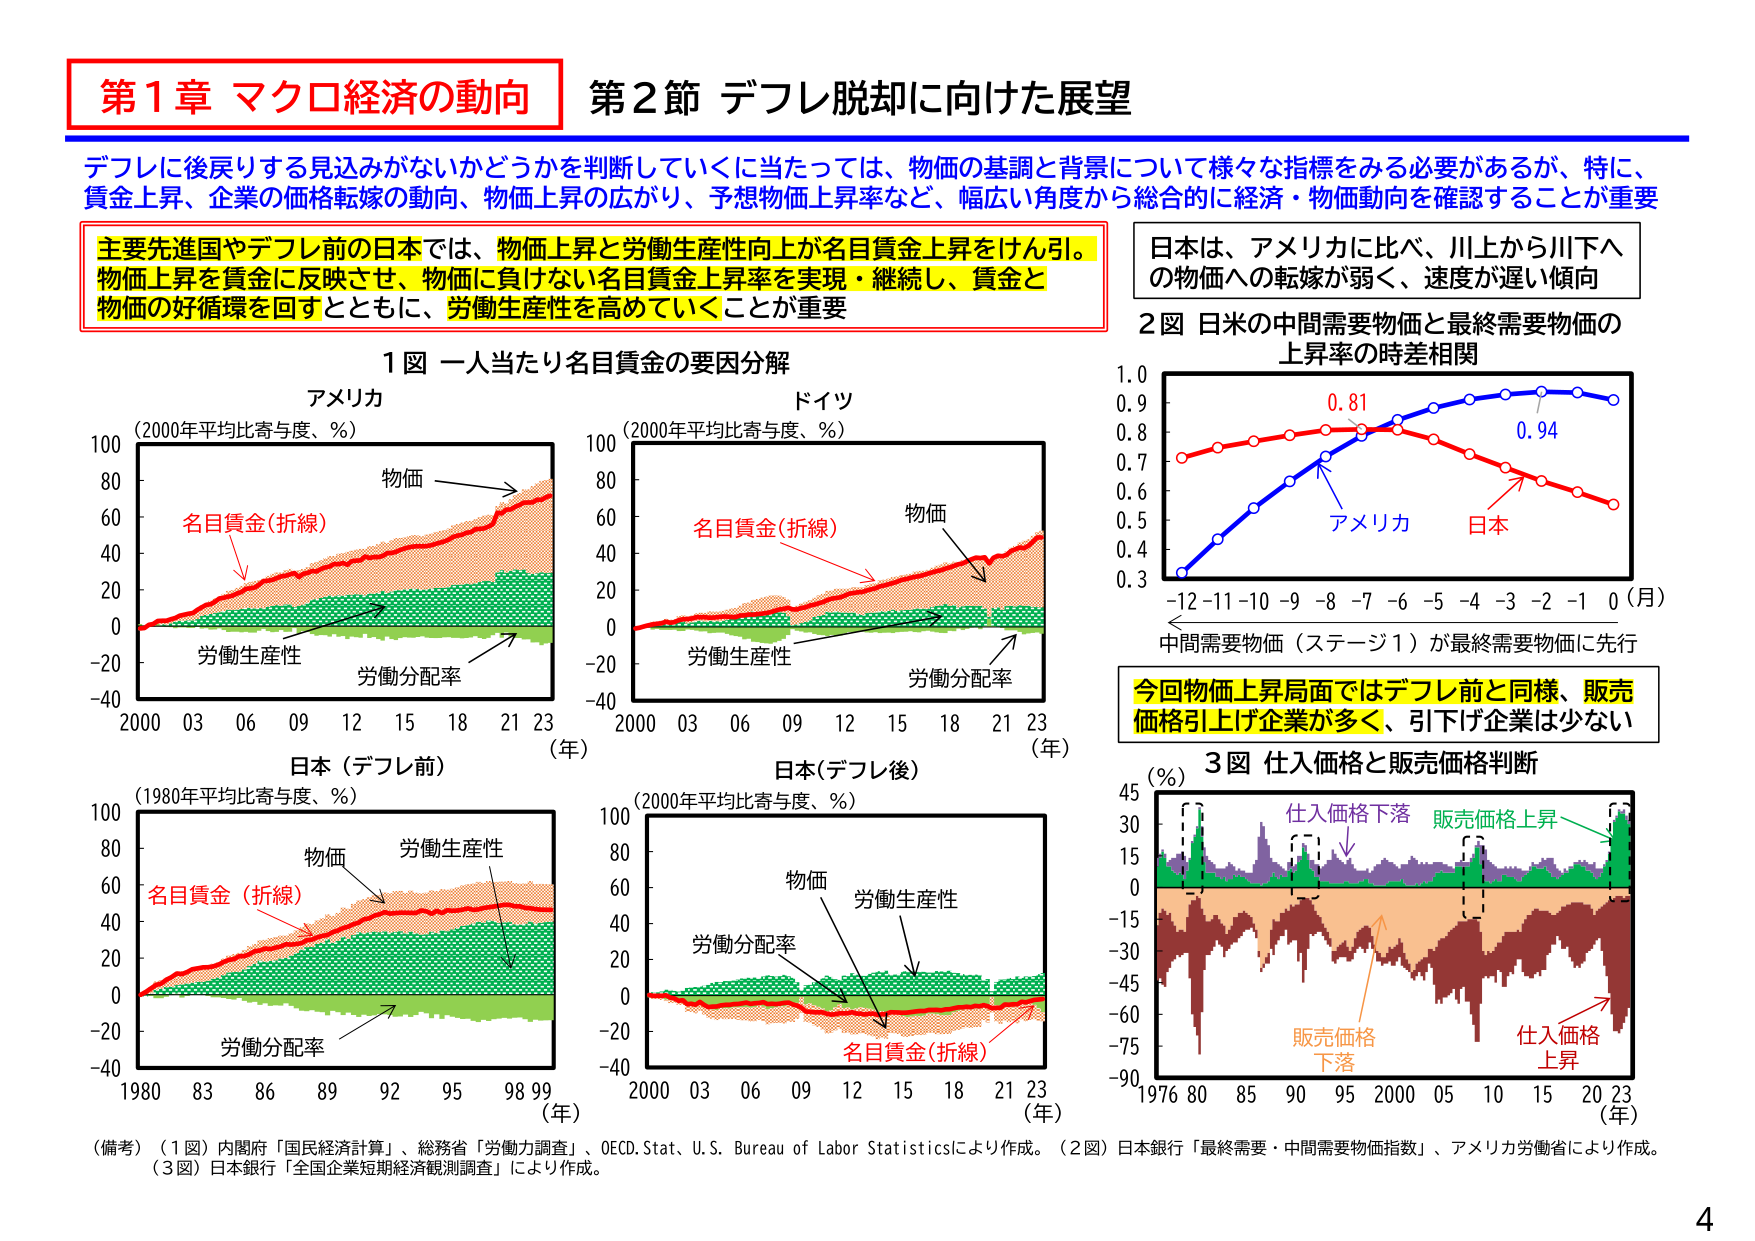
第1章 マクロ経済の動向
第2節 デフレ脱却に向けた展望

デフレに後戻りする見込みがないかどうかを判断していくに当たっては、物価の基調と背景について様々な指標をみる必要があるが、特に、
賃金上昇、企業の価格転嫁の動向、物価上昇の広がり、予想物価上昇率など、幅広い角度から総合的に経済・物価動向を確認することが重要

主要先進国やデフレ前の日本では、物価上昇と労働生産性向上が名目賃金上昇をけん引。
物価上昇を賃金に反映させ、物価に負けない名目賃金上昇率を実現・継続し、賃金と
物価の好循環を回すとともに、労働生産性を高めていくことが重要

日本は、アメリカに比べ、川上から川下への物価への転嫁が弱く、速度が遅い傾向

2図 日米の中間需要物価と最終需要物価の
上昇率の時差相関

1図 一人当たり名目賃金の要因分解

アメリカ
(2000年平均比寄与度、%)
物価
名目賃金(折線)
労働生産性
労働分配率
2000 03 06 09 12 15 18 21 23 (年)

ドイツ
(2000年平均比寄与度、%)
物価
名目賃金(折線)
労働生産性
労働分配率
2000 03 06 09 12 15 18 21 23 (年)

日本（デフレ前）
(1980年平均比寄与度、%)
物価
労働生産性
名目賃金（折線）
労働分配率
1980 83 86 89 92 95 98 99 (年)

日本(デフレ後)
(2000年平均比寄与度、%)
物価
労働生産性
労働分配率
名目賃金(折線)
2000 03 06 09 12 15 18 21 23 (年)

0.81
0.94
アメリカ
日本
-12 -11 -10 -9 -8 -7 -6 -5 -4 -3 -2 -1 0 (月)
中間需要物価（ステージ1）が最終需要物価に先行

今回物価上昇局面ではデフレ前と同様、販売
価格引上げ企業が多く、引下げ企業は少ない

3図 仕入価格と販売価格判断
(%)
仕入価格下落
販売価格上昇
販売価格下落
仕入価格上昇
1976 80 85 90 95 2000 05 10 15 20 23 (年)

（備考）（1図）内閣府「国民経済計算」、総務省「労働力調査」、OECD.Stat、U.S. Bureau of Labor Statisticsにより作成。（2図）日本銀行「最終需要・中間需要物価指数」、アメリカ労働省により作成。
（3図）日本銀行「全国企業短期経済観測調査」により作成。

4